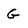
Character: G